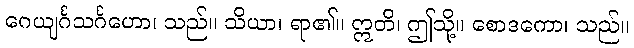
ဂေယျင်္ဂသင်္ဂဟော၊ သည်။ သိယာ၊ ရာ၏။ ဣတိ၊ ဤသို့။ စောဒကော၊ သည်။